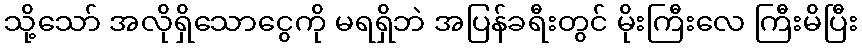
သို့သော် အလိုရှိသောငွေကို မရရှိဘဲ အပြန်ခရီးတွင် မိုးကြီးလေ ကြီးမိပြီး